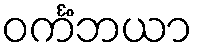
ဝင်္ကံဘယာ